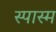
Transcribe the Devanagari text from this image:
स्पास्म